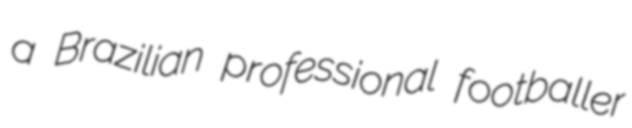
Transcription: a Brazilian professional footballer